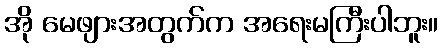
အို မေဖျားအတွက်က အရေးမကြီးပါဘူး။